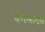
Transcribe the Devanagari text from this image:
बंगलादेस